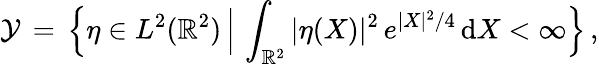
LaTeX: \mathcal{Y}\, =\, \Bigl\{ \eta\in L^{2}(\mathbb{R}^{2})\, \Big|\, \int_{\mathbb{R}^{2}}|\eta(X)|^{2}\, e^{|X|^{2}/4}\, \mathrm{d}X<\infty\Bigr\} \, ,